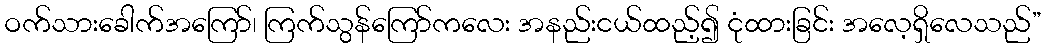
ဝက်သားခေါက်အကြော်၊ ကြက်သွန်ကြော်ကလေး အနည်းငယ်ထည့်၍ ငုံထားခြင်း အလေ့ရှိလေသည်”